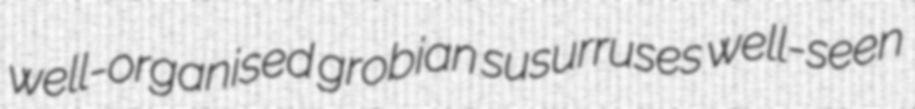
well-organised grobian susurruses well-seen